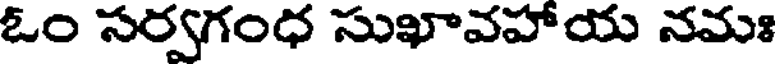
ఓం సర్వగంధ సుఖావహాయ నమః